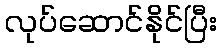
လုပ်ဆောင်နိုင်ပြီး